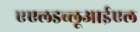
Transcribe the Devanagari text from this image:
एएलडब्लूआईएल